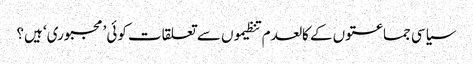
سیاسی جماعتوں کے کالعدم تنظیموں سے تعلقات کوئی ’مجبوری‘ ہیں؟